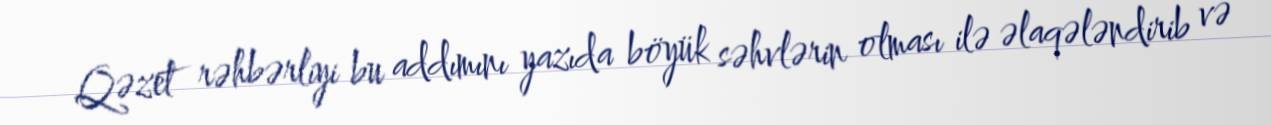
Qəzet rəhbərliyi bu addımını yazıda böyük səhvlərin olması ilə əlaqələndirib və